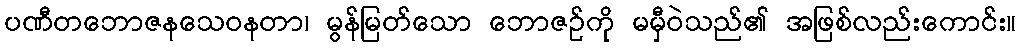
ပဏီတဘောဇနသေဝနတာ၊ မွန်မြတ်သော ဘောဇဉ်ကို မမှီဝဲသည်၏ အဖြစ်လည်းကောင်း။